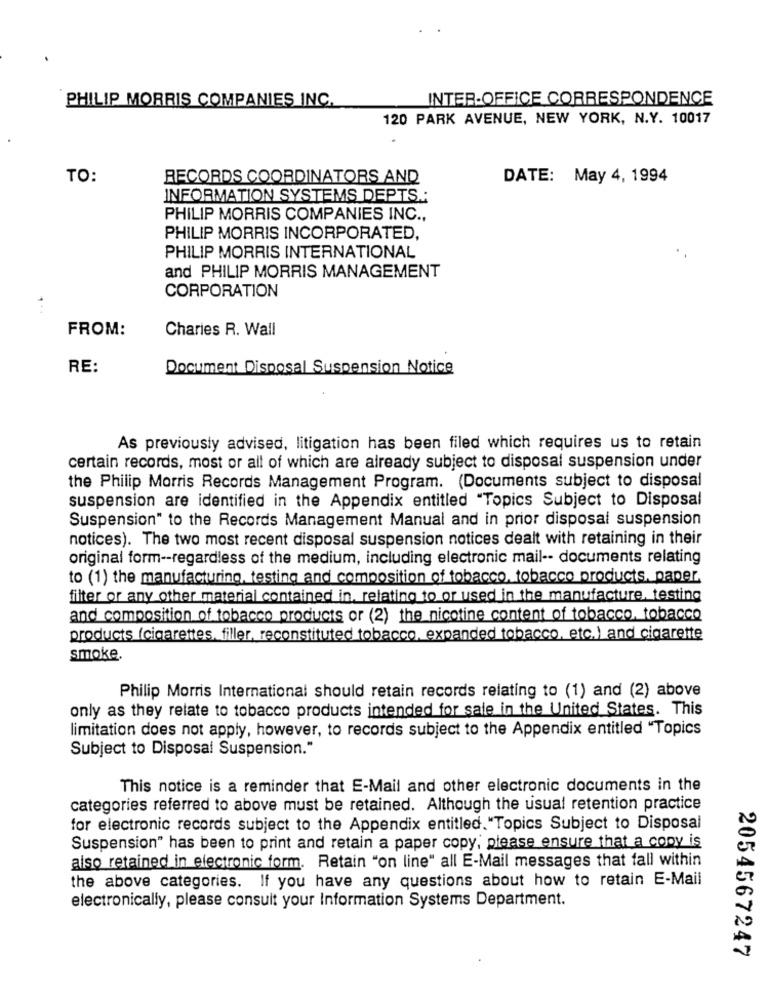
PHILIP MORRIS COMPANIES INC.
INTER-OFFICE CORRESPONDENCE
120 PARK AVENUE, NEW YORK, N.Y. 10017
TO:
RECORDS COORDINATORS AND
DATE: May 4, 1994
INFORMATION SYSTEMS DEPTS .:
PHILIP MORRIS COMPANIES INC .,
PHILIP MORRIS INCORPORATED,
PHILIP MORRIS INTERNATIONAL
and PHILIP MORRIS MANAGEMENT
CORPORATION
FROM:
Charies R. Wall
RE:
Document Disposal Suspension Notice
As previously advised, litigation has been filed which requires us to retain
certain records, most or all of which are already subject to disposal suspension under
the Philip Morris Records Management Program. (Documents subject to disposal
suspension are identified in the Appendix entitled "Topics Subject to Disposal
Suspension" to the Records Management Manual and in prior disposal suspension
notices). The two most recent disposal suspension notices dealt with retaining in their
original form -- regardless of the medium, including electronic mail -- documents relating
to (1) the manufacturing, testing and composition of tobacco, tobacco products. paper.
filter or any other material contained in, relating to or used in the manufacture, testing
and composition of tobacco products or (2) the nicotine content of tobacco, tobacco
products (cigarettes, filler, reconstituted tobacco, expanded tobacco, etc.) and cigarette
smoke.
Philip Morris International should retain records relating to (1) and (2) above
only as they relate to tobacco products intended for sale in the United States. This
limitation does not apply, however, to records subject to the Appendix entitled "Topics
Subject to Disposal Suspension."
This notice is a reminder that E-Mail and other electronic documents in the
categories referred to above must be retained. Although the usual retention practice
for electronic records subject to the Appendix entitled."Topics Subject to Disposal
Suspension" has been to print and retain a paper copy; please ensure that a copy is
also retained in electronic form. Retain "on line" all E-Mail messages that fall within
the above categories. If you have any questions about how to retain E-Mail
electronically, please consult your Information Systems Department.
2054567247